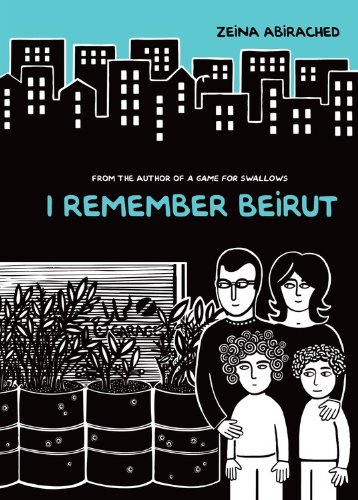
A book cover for I Remember Beirut; Zeinia Abirached; Teen & Young Adult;